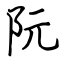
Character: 阮